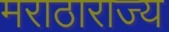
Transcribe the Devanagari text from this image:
मराठाराज्य